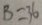
B = 3 6